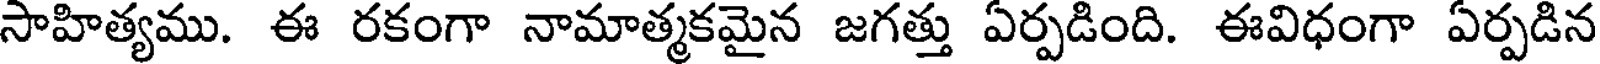
సాహిత్యము. ఈ రకంగా నామాత్మకమైన జగత్తు ఏర్పడింది. ఈవిధంగా ఏర్పడిన